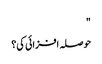
"
حوصلہ افزائی کی؟